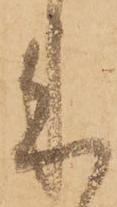
来